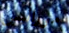
موراليس